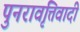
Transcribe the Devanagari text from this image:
पुनरावृत्तिवादी